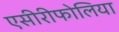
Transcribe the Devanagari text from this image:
एसीरीफोलिया